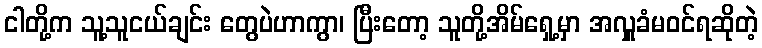
ငါတို့က သူ့သူငယ်ချင်း တွေပဲဟာကွာ၊ ပြီးတော့ သူတို့အိမ်ရှေ့မှာ အလှူခံမဝင်ရဆိုတဲ့